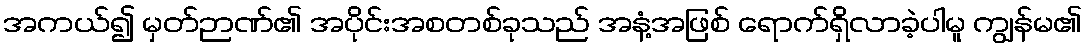
အကယ်၍ မှတ်ဉာဏ်၏ အပိုင်းအစတစ်ခုသည် အနံ့အဖြစ် ရောက်ရှိလာခဲ့ပါမူ ကျွန်မ၏